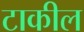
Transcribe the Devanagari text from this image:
टाकील